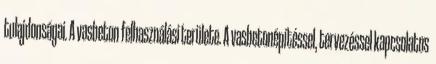
tulajdonságai. A vasbeton felhasználási területe. A vasbetonépítéssel, tervezéssel kapcsolatos